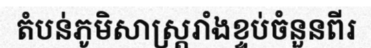
តំបន់ភូមិសាស្ត្ររាំងខ្ទប់ចំនួនពីរ